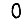
Digit: 0